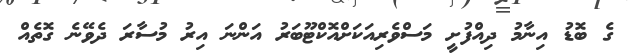
ގެ ބޮޑު އިނާމު ދިއްފުށީ މަސްވެރިއަކަށްއޮކްޓޫބަރު އަންނަ އިރު މުސާރަ ދެވޭނެ ގޮތެއް